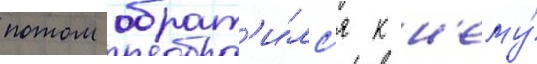
потом обрат'и́лс'я к н'ему́